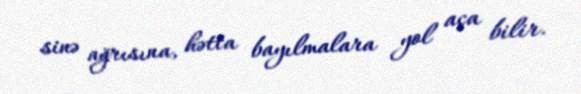
sinə ağrısına, hətta bayılmalara yol aça bilir.